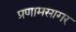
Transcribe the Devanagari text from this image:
प्रणामसागर